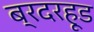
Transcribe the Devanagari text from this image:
ब्रदरहूड